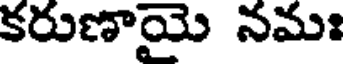
కరుణాయై నమః